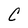
Character: C